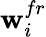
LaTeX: \textbf{w}_{i}^{fr}